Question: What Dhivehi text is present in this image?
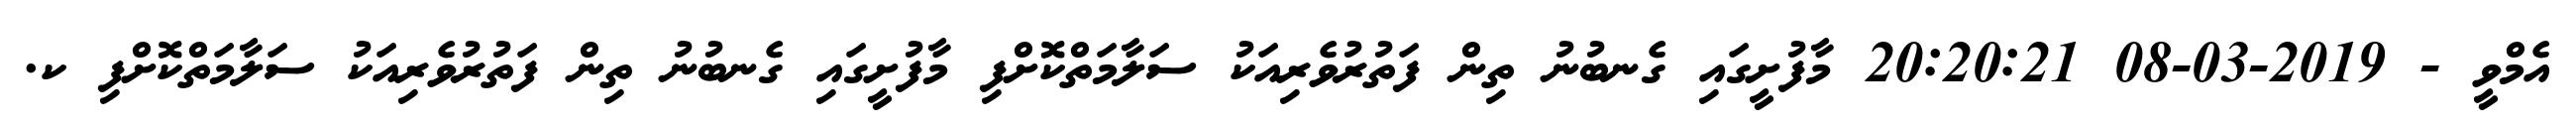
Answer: އެމްވީ - 2019-03-08 20:20:21 މާފުށީގައި ގެނބުނު ތިން ފަތުރުވެރިއަކު ސަލާމަތްކޮށްފި މާފުށީގައި ގެނބުނު ތިން ފަތުރުވެރިއަކު ސަލާމަތްކޮށްފި ކ.